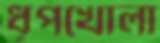
ধূপখোলা